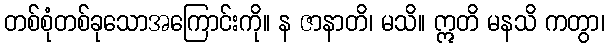
တစ်စုံတစ်ခုသောအကြောင်းကို။ န ဇာနာတိ၊ မသိ။ ဣတိ မနသိ ကတွာ၊